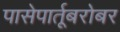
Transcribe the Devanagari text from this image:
पासेपार्तूबरोबर